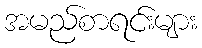
အမည်စာရင်းများ